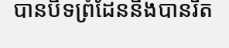
បានបិទព្រំដែននិងបានរឹត